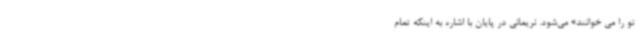
تو را می خوانند» می‌شود. نریمانی در پایان با اشاره به اینکه تمام